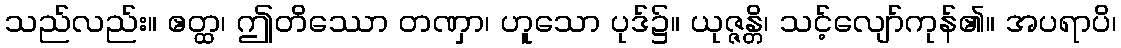
သည်လည်း။ ဧတ္ထ၊ ဤတိဿော တဏှာ၊ ဟူသော ပုဒ်၌။ ယုဇ္ဇန္တိ၊ သင့်လျော်ကုန်၏။ အပရာပိ၊